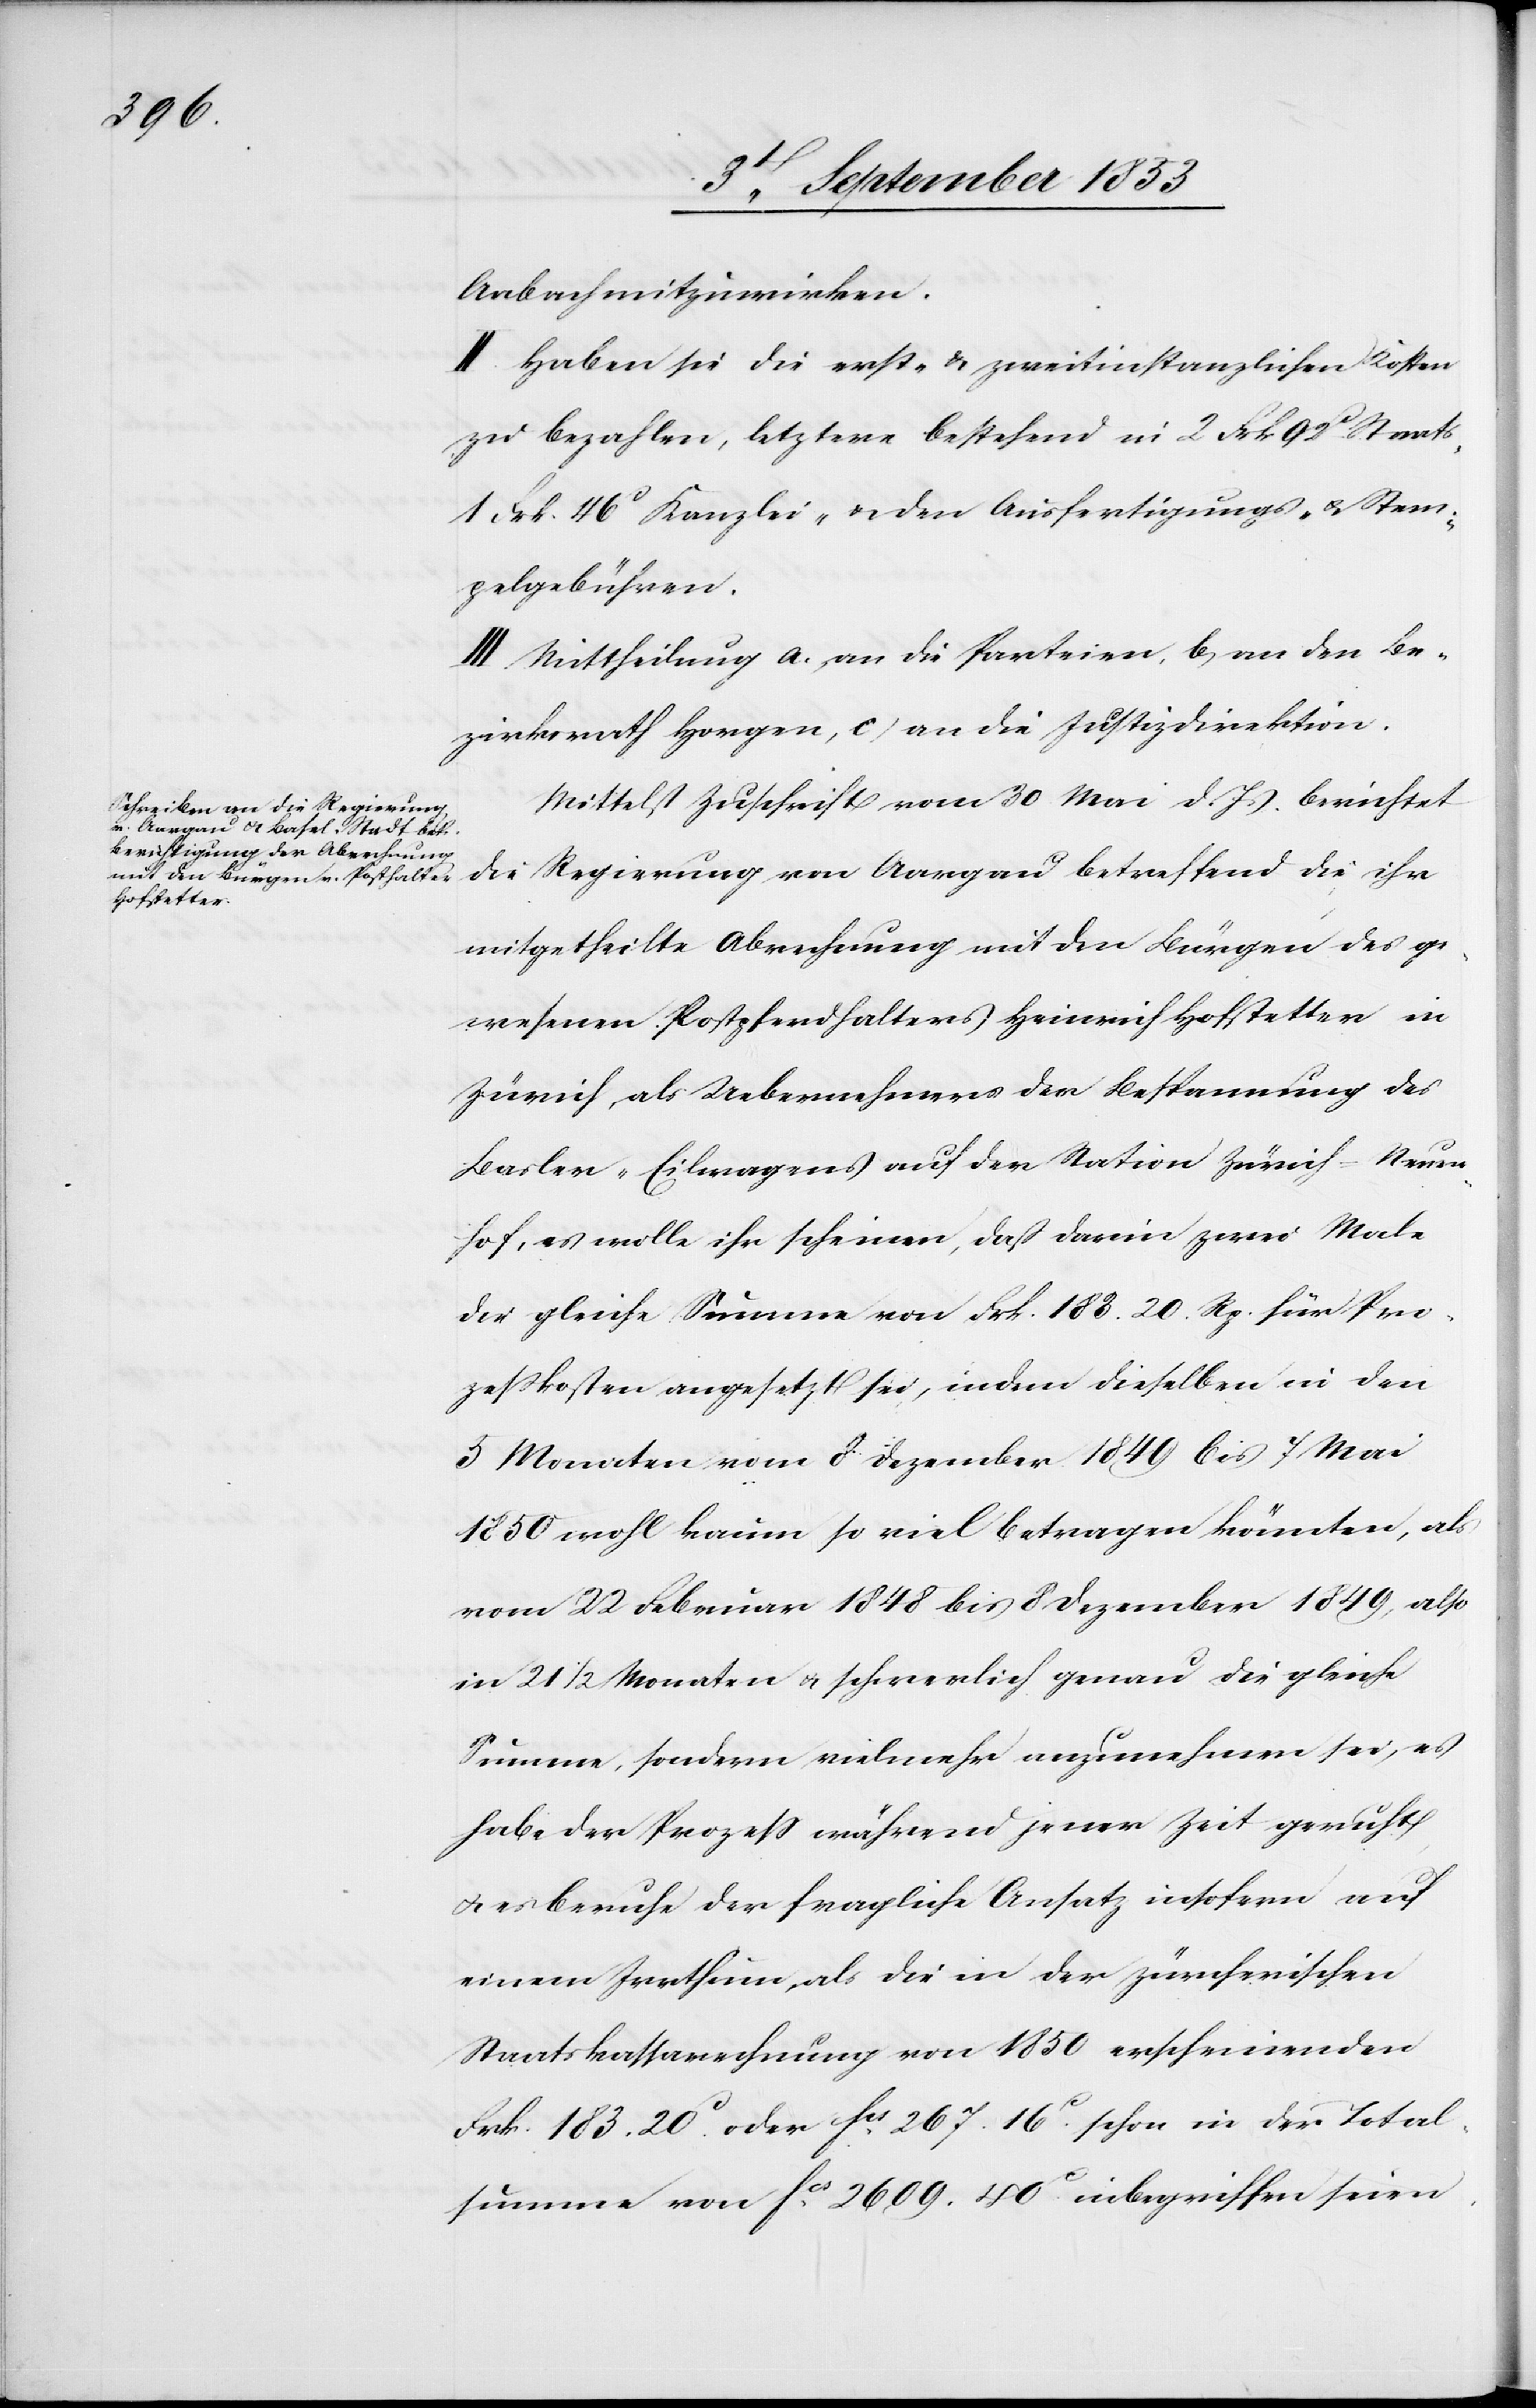
Anbach mitzuwirken.
II. Haben sie die erst- u. zweitinstanzlichen Kosten
zu bezahlen, letztere bestehend in 2 Frk. 92c Staats-
1 Frk. 46c Kanzlei- u. den Ausfertigungs- u. Stem¬
pelgebühren.
III. Mittheilung a, an die Parteien, b, an den Be¬
zirksrath Horgen, c, an die Justizdirektion.
Mittelst Zuschrift vom 30 Mai d. Js. berichtet
die Regierung von Aargau betreffend die ihr
mitgetheilte Abrechnung mit den Bürgen des ge¬
wesenen Postpferdhalters Heinrich Hofstetter in
Zürich, als Uebernahme der Bespannung des
Basler-Eilwagens auf der Station Zürich-Neuen¬
hof, es wolle ihr scheinen, daß darin zwei Male
die gleiche Summe von Frk. 183. 20 Rp. für Pro¬
zeßkosten angesetzt sei, indem dieselben in den
3 Monaten vom 8 Dezember 1849 bis 7 Mai
1850 wohl kaum so viel betragen könnten, als
vom 22 Februar 1848 bis 8 Dezember 1849, also
in 21 1/2 Monaten u. schwerlich genau die gleiche
Summe, sondern vielmehr anzunehmen sei, es
habe der Prozeß während jener Zeit geruht
u. es beruhe der fragliche Ansatz insofern auf
einem Irrthum, als die in der zürcherischen
Staatskassarechnung von 1850 erscheinenden
Frk. 183. 20c oder fcs 267. 16c schon in der Total¬
summe von fcs 2609. 40c inbegriffen seien.